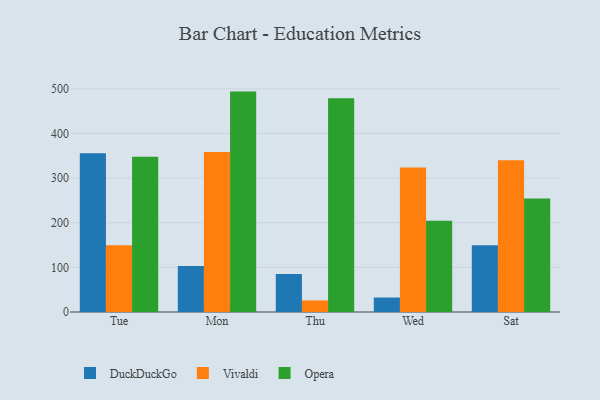
{"axis": {"x": "Day", "y": "Humidity (%)"}, "legend": ["DuckDuckGo", "Opera", "Vivaldi"], "data": [{"x": "Tue", "y": 355.4, "type": "DuckDuckGo"}, {"x": "Tue", "y": 149.8, "type": "Vivaldi"}, {"x": "Tue", "y": 347.8, "type": "Opera"}, {"x": "Mon", "y": 103.3, "type": "DuckDuckGo"}, {"x": "Mon", "y": 358.2, "type": "Vivaldi"}, {"x": "Mon", "y": 493.7, "type": "Opera"}, {"x": "Thu", "y": 85.2, "type": "DuckDuckGo"}, {"x": "Thu", "y": 25.9, "type": "Vivaldi"}, {"x": "Thu", "y": 479.0, "type": "Opera"}, {"x": "Wed", "y": 32.4, "type": "DuckDuckGo"}, {"x": "Wed", "y": 323.8, "type": "Vivaldi"}, {"x": "Wed", "y": 204.5, "type": "Opera"}, {"x": "Sat", "y": 149.5, "type": "DuckDuckGo"}, {"x": "Sat", "y": 340.2, "type": "Vivaldi"}, {"x": "Sat", "y": 254.1, "type": "Opera"}]}